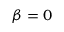
\beta = 0